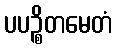
ပပဉ္စိတမေတံ